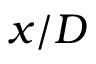
x / D